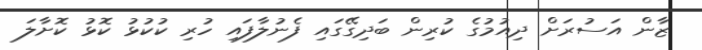
ޒާން އަސުރަށް ދިއުމުގެ ކުރިން ބަދިގޭގައި ފެނުލާފައި ހުރި ކުކުޅު ކޮޅު ކޮށާލަ